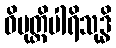
ဝိမုတ္တိပါရိသုဒ္ဓိ